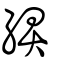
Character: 綥